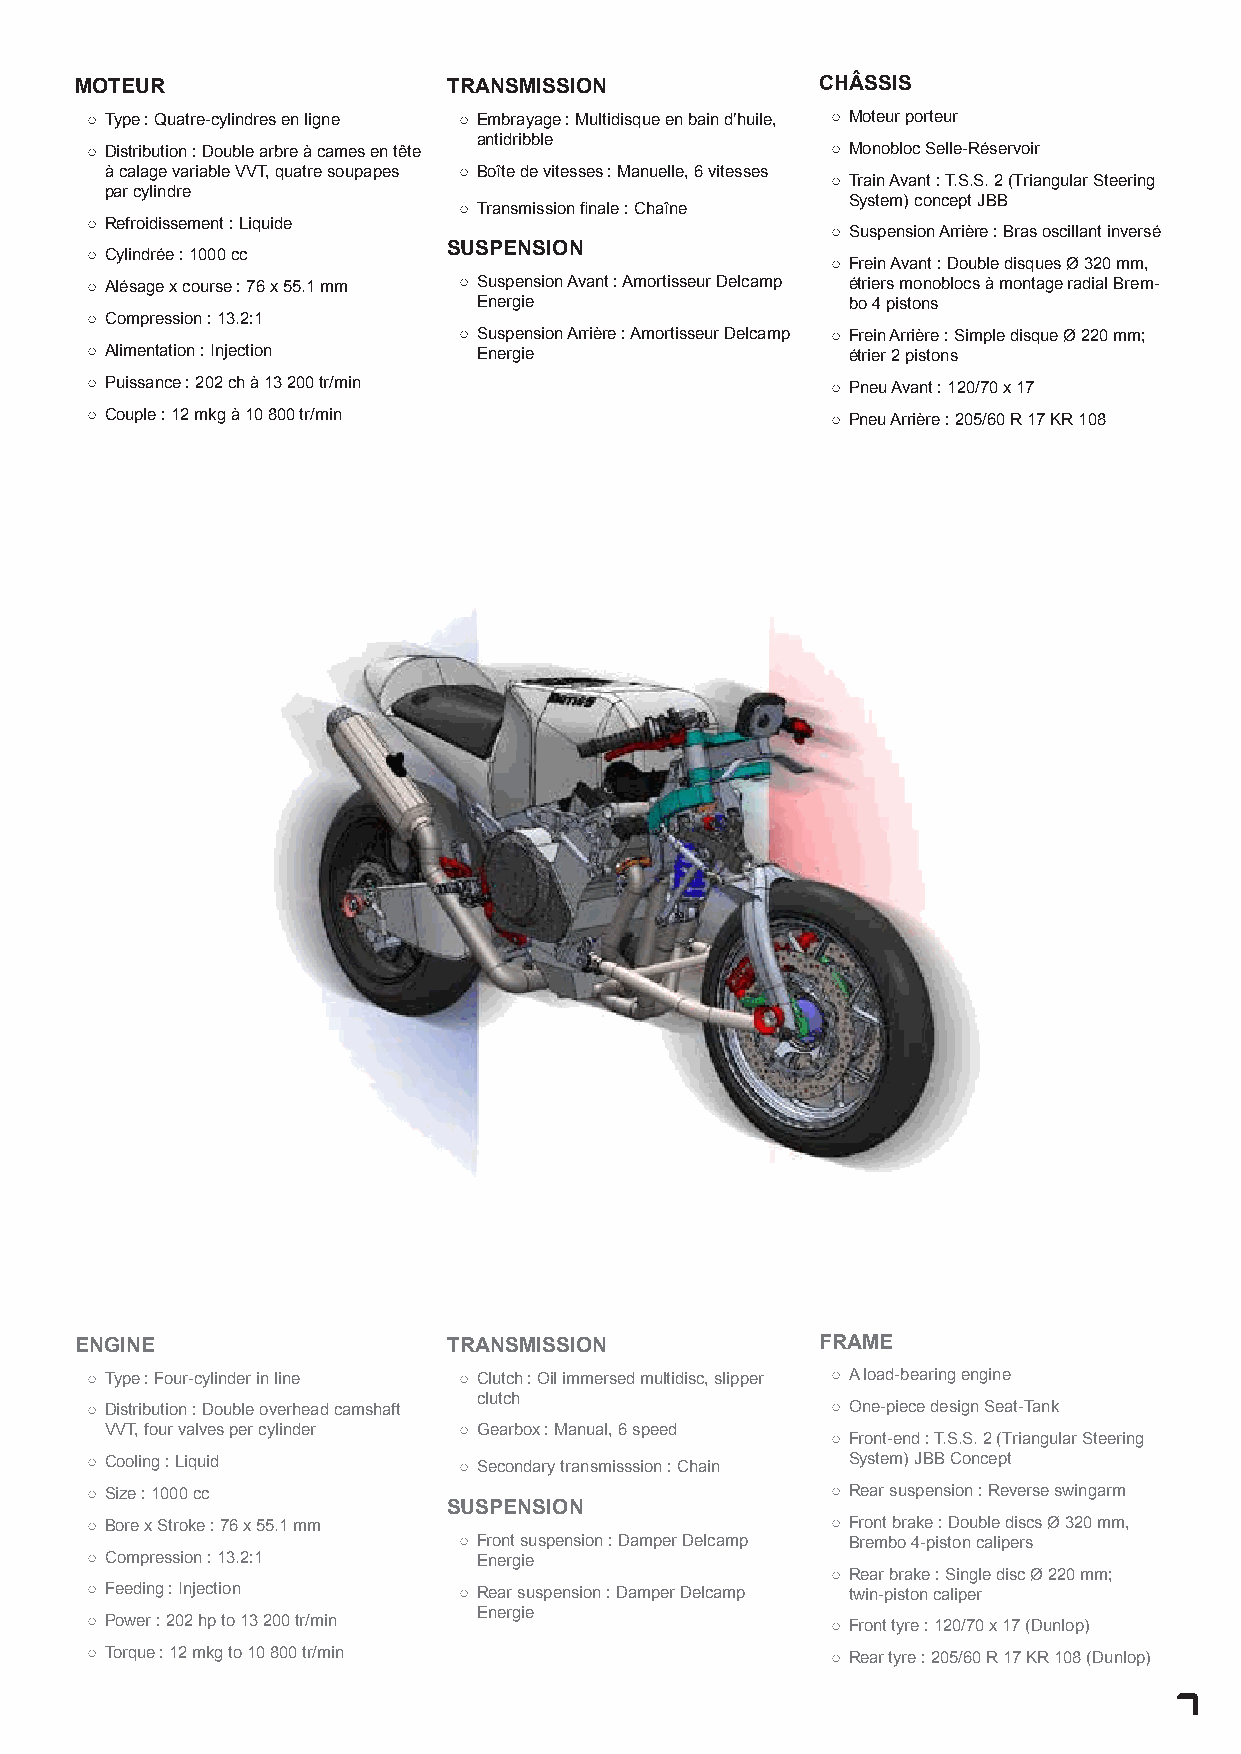
MOTEUR                   TRANSMISSION            CHÂSSIS
 ○ Type : Quatre-cylindres en ligne ○ Embrayage : Multidisque en bain d’huile, ○ Moteur porteur
 antidribble
 ○ Distribution : Double arbre à cames en tête    ○ Monobloc Selle-Réservoir
 à calage variable VVT, quatre soupapes ○ Boîte de vitesses : Manuelle, 6 vitesses
 ○ Train Avant : T.S.S. 2 (Triangular Steering
 par cylindre
 System) concept JBB
 ○ Transmission finale : Chaîne
 ○ Refroidissement : Liquide
 ○ Suspension Arrière : Bras oscillant inversé
 SUSPENSION
 ○ Cylindrée : 1000 cc
 ○ Frein Avant : Double disques Ø 320 mm,
 ○ Alésage x course : 76 x 55.1 mm ○ Suspension Avant : Amortisseur Delcamp étriers monoblocs à montage radial Brem-
 Energie                 bo 4 pistons
 ○ Compression : 13.2:1
 ○ Suspension Arrière : Amortisseur Delcamp ○ Frein Arrière : Simple disque Ø 220 mm;
 ○ Alimentation : Injection Energie                étrier 2 pistons
 ○ Puissance : 202 ch à 13 200 tr/min             ○ Pneu Avant : 120/70 x 17
 ○ Couple : 12 mkg à 10 800 tr/min                ○ Pneu Arrière : 205/60 R 17 KR 108
 ENGINE                   TRANSMISSION            FRAME
 ○ Type : Four-cylinder in line ○ Clutch : Oil immersed multidisc, slipper ○ A load-bearing engine
 clutch
 ○ Distribution : Double overhead camshaft        ○ One-piece design Seat-Tank
 VVT, four valves per cylinder ○ Gearbox : Manual, 6 speed
 ○ Front-end : T.S.S. 2 (Triangular Steering
 ○ Cooling : Liquid      ○ Secondary transmisssion : Chain System) JBB Concept
 ○ Size : 1000 cc                                 ○ Rear suspension : Reverse swingarm
 SUSPENSION
 ○ Bore x Stroke : 76 x 55.1 mm                   ○ Front brake : Double discs Ø 320 mm,
 ○ Front suspension : Damper Delcamp Brembo 4-piston calipers
 ○ Compression : 13.2:1    Energie
 ○ Rear brake : Single disc Ø 220 mm;
 ○ Feeding : Injection   ○ Rear suspension : Damper Delcamp twin-piston caliper
 Energie
 ○ Power : 202 hp to 13 200 tr/min                ○ Front tyre : 120/70 x 17 (Dunlop)
 ○ Torque : 12 mkg to 10 800 tr/min               ○ Rear tyre : 205/60 R 17 KR 108 (Dunlop)
 7